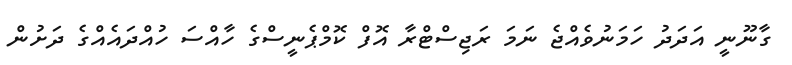
ގާނޫނީ އަދަދު ހަމަނުވެއްޖެ ނަމަ ރަޖިސްޓްރާ އޮފް ކޮމްޕެނީސްގެ ހާއްސަ ހުއްދައެއްގެ ދަށުން